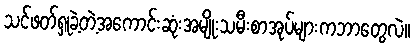
သင်ဖတ်ရှုခဲ့တဲ့အကောင်းဆုံးအမျိုးသမီးစာအုပ်များကဘာတွေလဲ။